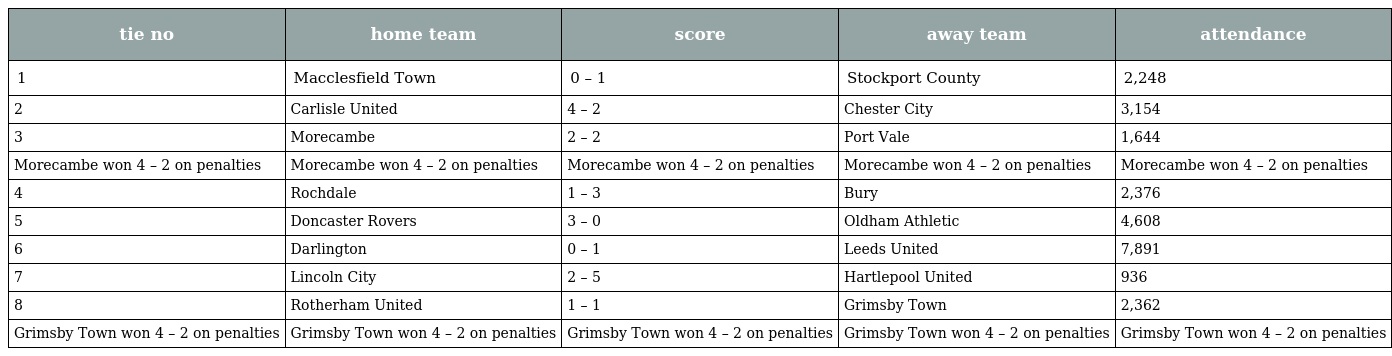
| tie no | home team | score | away team | attendance |
 | --- | --- | --- | --- | --- |
 | 1 | Macclesfield Town | 0 – 1 | Stockport County | 2,248 |
 | 2 | Carlisle United | 4 – 2 | Chester City | 3,154 |
 | 3 | Morecambe | 2 – 2 | Port Vale | 1,644 |
 | Morecambe won 4 – 2 on penalties | Morecambe won 4 – 2 on penalties | Morecambe won 4 – 2 on penalties | Morecambe won 4 – 2 on penalties | Morecambe won 4 – 2 on penalties |
 | 4 | Rochdale | 1 – 3 | Bury | 2,376 |
 | 5 | Doncaster Rovers | 3 – 0 | Oldham Athletic | 4,608 |
 | 6 | Darlington | 0 – 1 | Leeds United | 7,891 |
 | 7 | Lincoln City | 2 – 5 | Hartlepool United | 936 |
 | 8 | Rotherham United | 1 – 1 | Grimsby Town | 2,362 |
 | Grimsby Town won 4 – 2 on penalties | Grimsby Town won 4 – 2 on penalties | Grimsby Town won 4 – 2 on penalties | Grimsby Town won 4 – 2 on penalties | Grimsby Town won 4 – 2 on penalties |